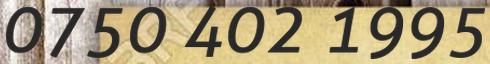
0750 402 1995